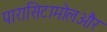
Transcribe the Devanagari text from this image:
पारासिटामोलऔर